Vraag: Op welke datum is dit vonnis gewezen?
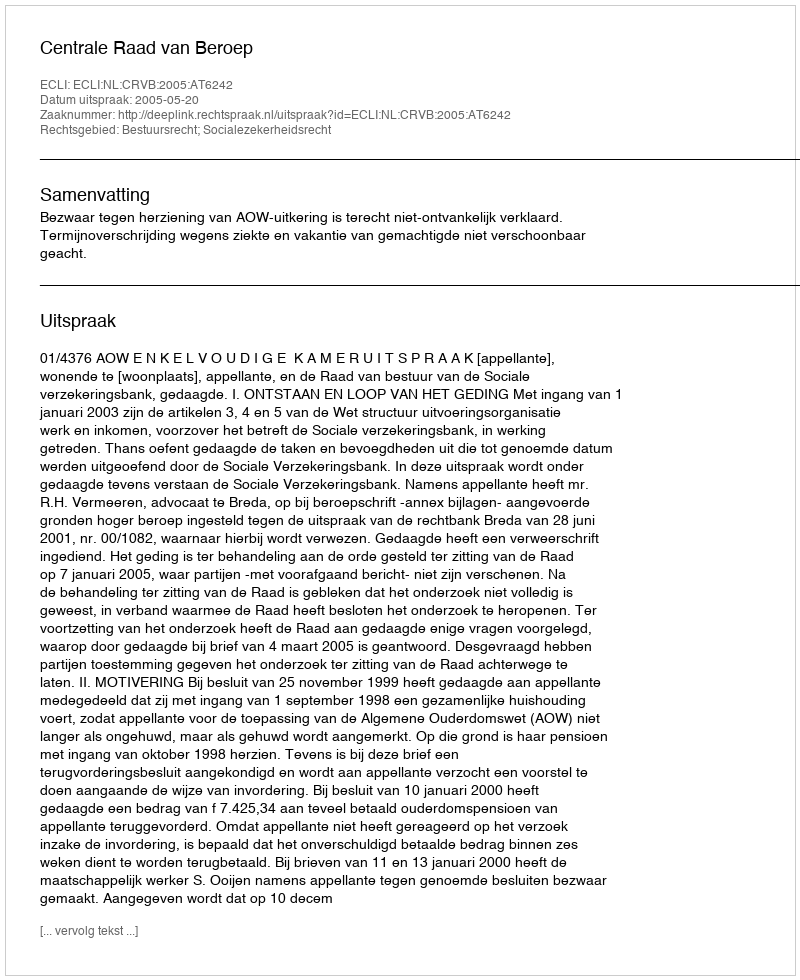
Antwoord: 2005-05-20